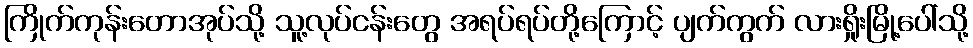
ကြိုက်ကုန်းတောအုပ်သို့ သူ့လုပ်ငန်းတွေ အရပ်ရပ်တို့ကြောင့် ပျက်ကွက် လားရှိုးမြို့ပေါ်သို့